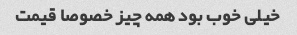
خیلی خوب بود همه چیز خصوصا قیمت